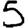
Digit: 5